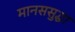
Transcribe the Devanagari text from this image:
मानससुद्धा